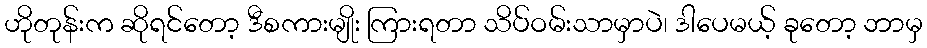
ဟိုတုန်းက ဆိုရင်တော့ ဒီစကားမျိုး ကြားရတာ သိပ်ဝမ်းသာမှာပဲ၊ ဒါပေမယ့် ခုတော့ ဘာမှ